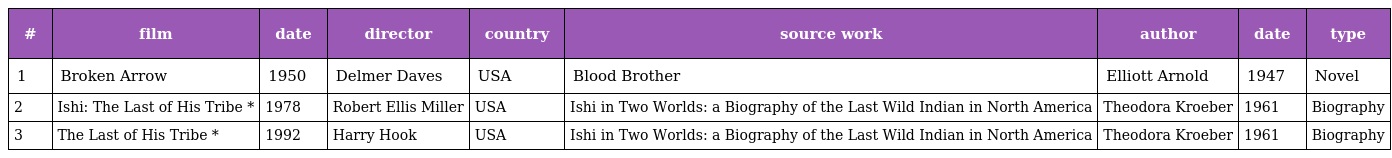
| # | film | date | director | country | source work | author | date | type |
 | --- | --- | --- | --- | --- | --- | --- | --- | --- |
 | 1 | Broken Arrow | 1950 | Delmer Daves | USA | Blood Brother | Elliott Arnold | 1947 | Novel |
 | 2 | Ishi: The Last of His Tribe * | 1978 | Robert Ellis Miller | USA | Ishi in Two Worlds: a Biography of the Last Wild Indian in North America | Theodora Kroeber | 1961 | Biography |
 | 3 | The Last of His Tribe * | 1992 | Harry Hook | USA | Ishi in Two Worlds: a Biography of the Last Wild Indian in North America | Theodora Kroeber | 1961 | Biography |